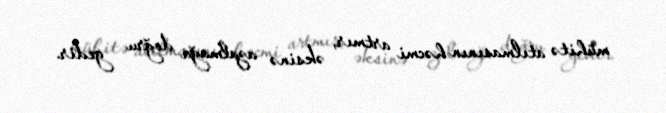
mühitə atılmasının həcmi artmır, əksinə azalmağa doğru gedir.